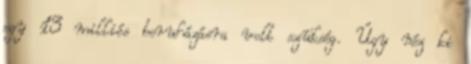
egy 13 milliós beruházásra volt szükség. Úgy néz ki